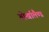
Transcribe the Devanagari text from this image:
गोर्खालैण्ड